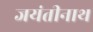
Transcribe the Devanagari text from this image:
जयंतीनाथ